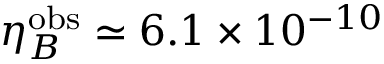
\eta _ { B } ^ { \mathrm { o b s } } \simeq 6 . 1 \times 1 0 ^ { - 1 0 }